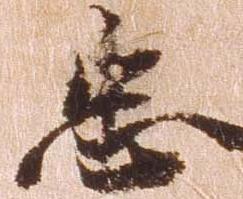
忠